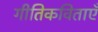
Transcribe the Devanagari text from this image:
गीतिकविताएँ